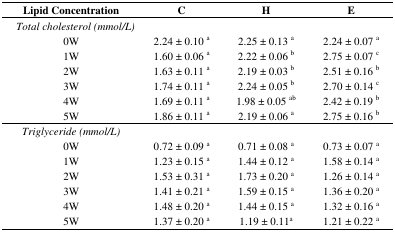
<table><thead><tr><td><b>Lipid Concentration</b></td><td><b>C</b></td><td><b>H</b></td><td><b>E</b></td></tr></thead><tbody><tr><td><i>Total cholesterol (mmol/L)</i></td><td></td><td></td><td></td></tr><tr><td>0W</td><td>2.24 ± 0.10 <sup>a</sup></td><td>2.25 ± 0.13 <sup>a</sup></td><td>2.24 ± 0.07 <sup>a</sup></td></tr><tr><td>1W</td><td>1.60 ± 0.06 <sup>a</sup></td><td>2.22 ± 0.06 <sup>b</sup></td><td>2.75 ± 0.07 <sup>c</sup></td></tr><tr><td>2W</td><td>1.63 ± 0.11 <sup>a</sup></td><td>2.19 ± 0.03 <sup>b</sup></td><td>2.51 ± 0.16 <sup>b</sup></td></tr><tr><td>3W</td><td>1.74 ± 0.11 <sup>a</sup></td><td>2.24 ± 0.05 <sup>b</sup></td><td>2.70 ± 0.14 <sup>c</sup></td></tr><tr><td>4W</td><td>1.69 ± 0.11 <sup>a</sup></td><td>1.98 ± 0.05 <sup>ab</sup></td><td>2.42 ± 0.19 <sup>b</sup></td></tr><tr><td>5W</td><td>1.86 ± 0.11 <sup>a</sup></td><td>2.19 ± 0.06 <sup>a</sup></td><td>2.75 ± 0.16 <sup>b</sup></td></tr><tr><td><i>Triglyceride (mmol/L)</i></td><td></td><td></td><td></td></tr><tr><td>0W</td><td>0.72 ± 0.09 <sup>a</sup></td><td>0.71 ± 0.08 <sup>a</sup></td><td>0.73 ± 0.07 <sup>a</sup></td></tr><tr><td>1W</td><td>1.23 ± 0.15 <sup>a</sup></td><td>1.44 ± 0.12 <sup>a</sup></td><td>1.58 ± 0.14 <sup>a</sup></td></tr><tr><td>2W</td><td>1.53 ± 0.31 <sup>a</sup></td><td>1.73 ± 0.20 <sup>a</sup></td><td>1.26 ± 0.14 <sup>a</sup></td></tr><tr><td>3W</td><td>1.41 ± 0.21 <sup>a</sup></td><td>1.59 ± 0.15 <sup>a</sup></td><td>1.36 ± 0.20 <sup>a</sup></td></tr><tr><td>4W</td><td>1.48 ± 0.20 <sup>a</sup></td><td>1.44 ± 0.15 <sup>a</sup></td><td>1.32 ± 0.16 <sup>a</sup></td></tr><tr><td>5W</td><td>1.37 ± 0.20 <sup>a</sup></td><td>1.19 ± 0.11<sup>a</sup></td><td>1.21 ± 0.22 <sup>a</sup></td></tr></tbody></table>